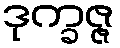
ဒုက္ခဇ္ဇ